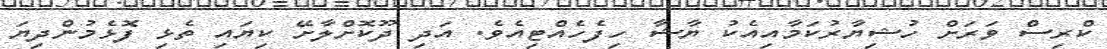
ކްރިސް ވަރަށް ހުޝިޔާރުކަމާއިއެކު ޔާޝާ ހިފެހެއްޓިއެވެ. އަދި ދޫކޮށްލާށޭ ކިޔައި ތެޅި ފޮޅެމުންދިޔަ